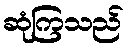
ဆုံကြသည်